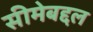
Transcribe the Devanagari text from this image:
सीमेबद्दल